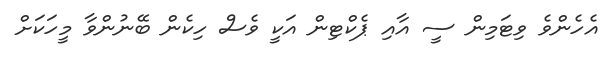
އެހެންވެ ވިޓަމިން ސީ އާއި ޕެކްޓިން އަކީ ވެސް ހިކެން ބޭނުންވާ މީހަކަށް